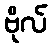
ဗိုလ်